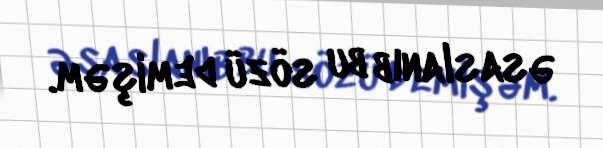
əsaslanıb bu sözü demişəm.